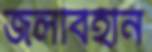
জলবিহীন